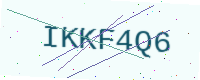
Text: IKKF4Q6